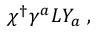
\chi ^ { \dagger } \gamma ^ { a } L Y _ { a } \; ,